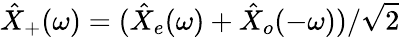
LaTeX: \hat{X}_{+}(\omega)=(\hat{X}_{e}(\omega)+\hat{X}_{o}(-\omega))/\sqrt{2}